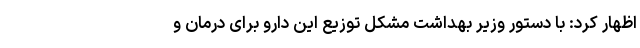
اظهار کرد:‌ با دستور وزیر بهداشت مشکل توزیع این دارو برای درمان و